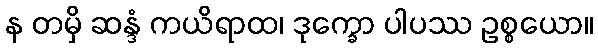
န တမှိ ဆန္ဒံ ကယိရာထ၊ ဒုက္ခော ပါပဿ ဥစ္စယော။